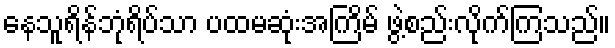
နေသူရိန်ဘုံရိပ်သာ ပထမဆုံးအကြိမ် ဖွဲ့စည်းလိုက်ကြသည်။